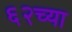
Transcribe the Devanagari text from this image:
६२च्या